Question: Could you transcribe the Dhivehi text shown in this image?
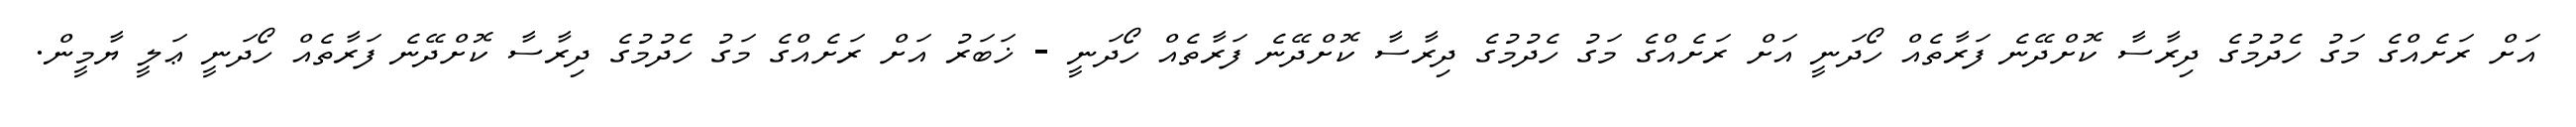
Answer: އަށް ރަށެއްގެ މަގު ހެދުމުގެ ދިރާސާ ކޮށްދޭނެ ފަރާތެއް ހޯދަނީ އަށް ރަށެއްގެ މަގު ހެދުމުގެ ދިރާސާ ކޮށްދޭނެ ފަރާތެއް ހޯދަނީ - ޚަބަރު އަށް ރަށެއްގެ މަގު ހެދުމުގެ ދިރާސާ ކޮށްދޭނެ ފަރާތެއް ހޯދަނީ ޢަލީ ޔާމީން.